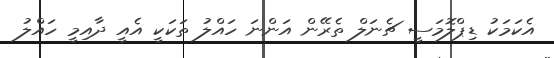
އެކަމަކު ޑިޕްލޮމަސީ ޗެނަލް ތެރޭން އަންނަ ހައްލު ތަކަކީ އެއީ ދާއިމީ ހައްލު